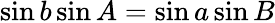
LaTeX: \sin b\sin A=\sin a\sin B